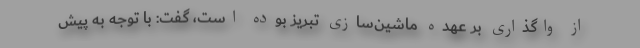
از واگذاری بر عهده ماشین‌سازی تبریز بوده است، گفت: با توجه به پیش